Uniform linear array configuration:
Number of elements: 16
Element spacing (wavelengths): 0.5
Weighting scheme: exponential
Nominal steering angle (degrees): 0
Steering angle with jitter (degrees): -0.5473
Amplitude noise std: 0.05
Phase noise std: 0.05

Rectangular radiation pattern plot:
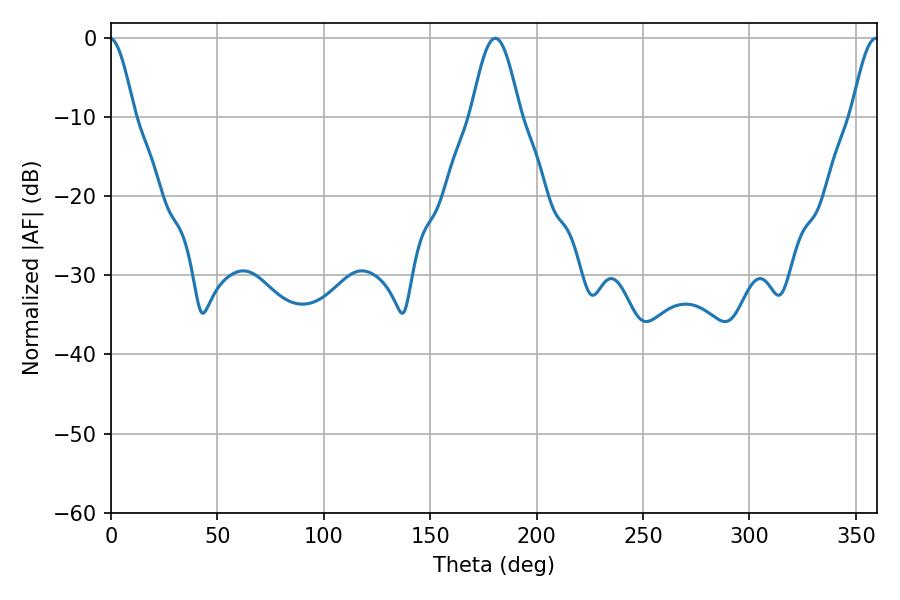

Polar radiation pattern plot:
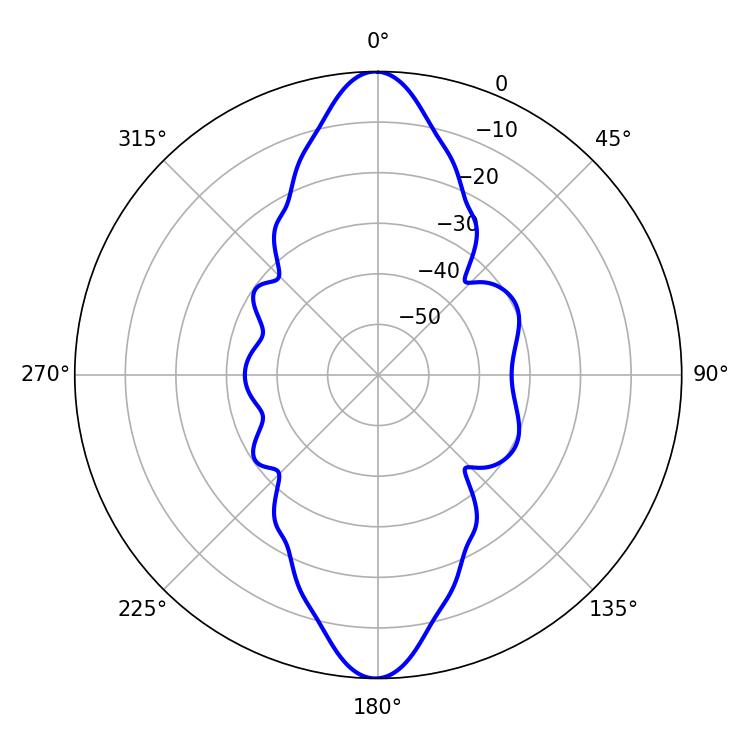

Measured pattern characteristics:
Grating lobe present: FALSE
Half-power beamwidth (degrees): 12.24
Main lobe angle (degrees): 180.54